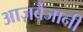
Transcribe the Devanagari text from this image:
आज़र्बैजानी